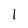
Character: I